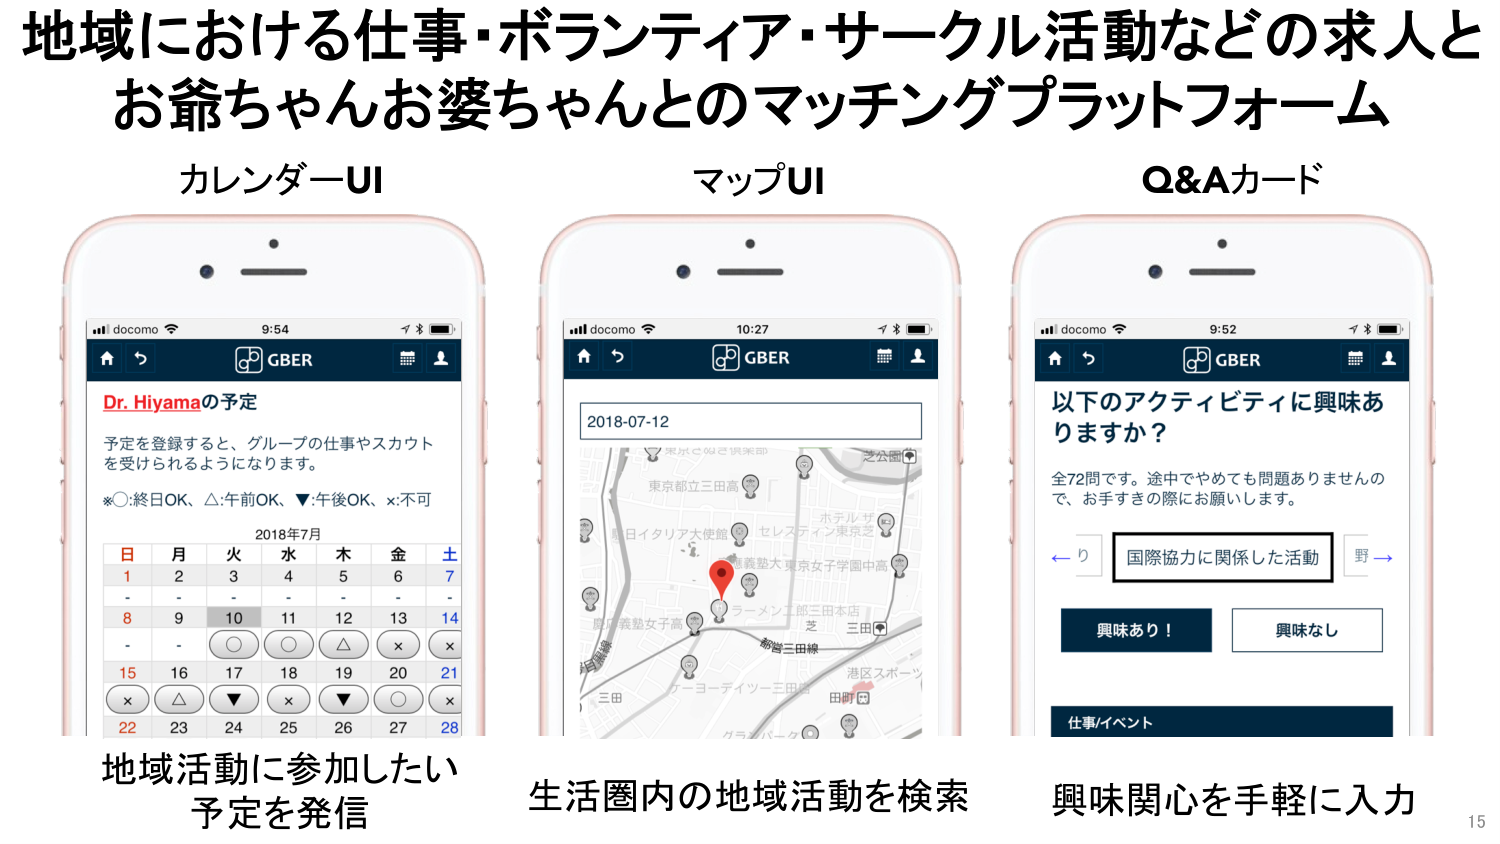
地域における仕事・ボランティア・サークル活動などの求人と
お爺ちゃんお婆ちゃんとのマッチングプラットフォーム

カレンダーUI
マップUI
Q&Aカード

docomo 9:54
GBER
Dr. Hiyamaの予定
予定を登録すると、グループの仕事やスカウト
を受けられるようになります。
※○:終日OK、△:午前OK、▼:午後OK、x:不可
2018年7月
日 月 火 水 木 金 土
1 2 3 4 5 6 7
- - - - - - -
8 9 10 11 12 13 14
- - ○ ○ △ × ×
15 16 17 18 19 20 21
× △ ▼ × ▼ ○ ×
22 23 24 25 26 27 28

docomo 10:27
GBER
2018-07-12
東京都立三田高
日イタリア大使館
ホテル ザ
セレスティン東京芝
慶應義塾大 東京女子学園中高
ラーメン二郎三田本店
芝 三田
新営三田線
港区スポーツ
三田
アーヨーティツー三田
田町
グラスパーク

docomo 9:52
GBER
以下のアクティビティに興味ありますか？
全72問です。途中でやめても問題ありませんの
で、お手すきの際にお願いします。
← り 国際協力に関係した活動 野 →
興味あり！ 興味なし
仕事/イベント

地域活動に参加したい
予定を発信
生活圏内の地域活動を検索
興味関心を手軽に入力

15